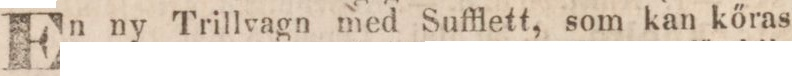
En ny Trillvagn med Sufflett, som kan kőras